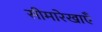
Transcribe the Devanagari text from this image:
सीमारेखाएँ